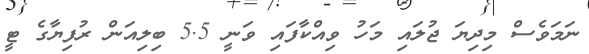
ނަމަވެސް މިދިޔަ ޖުލައި މަހު ވިއްކާފައި ވަނީ 5.5 ބިލިއަން ރުފިޔާގެ ޓީ